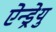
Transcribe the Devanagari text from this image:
ऐन्ड्रेयु